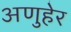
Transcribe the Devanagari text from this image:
अणुहेर